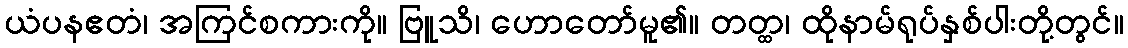
ယံပနဧတံ၊ အကြင်စကားကို။ ဗြူသိ၊ ဟောတော်မူ၏။ တတ္ထ၊ ထိုနာမ်ရုပ်နှစ်ပါးတို့တွင်။